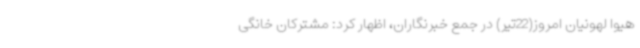
هیوا لهونیان امروز(22تیر) در جمع خبرنگاران، اظهار کرد: مشترکان خانگی